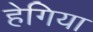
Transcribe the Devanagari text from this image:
हेगिया